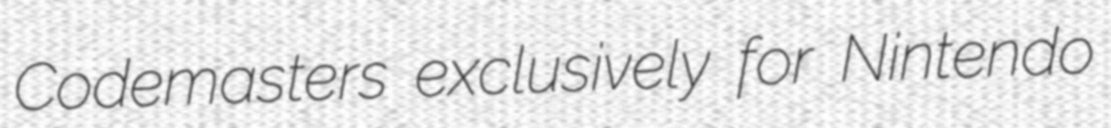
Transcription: Codemasters exclusively for Nintendo